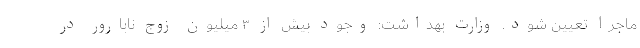
ماجرا تعیین شود. وزارت بهداشت: وجود بیش از ۳ میلیون زوج نابارور در